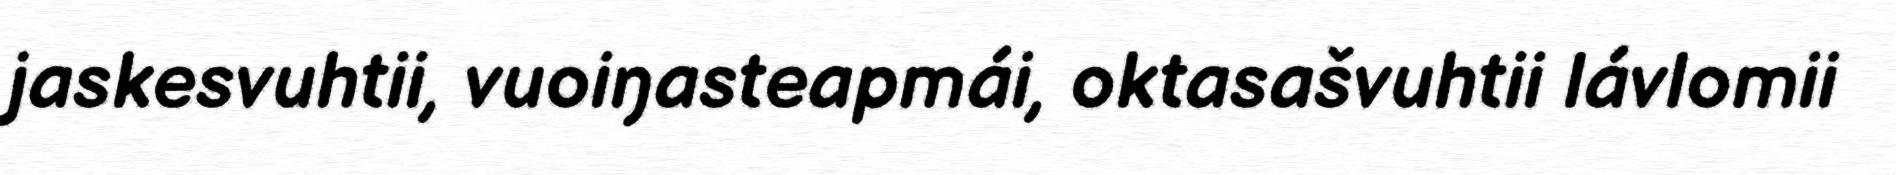
jaskesvuhtii, vuoiŋasteapmái, oktasašvuhtii lávlomii